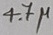
Text: 4.7µ